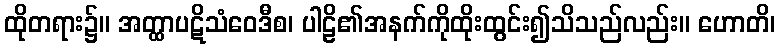
ထိုတရား၌။ အတ္ထာပဋိသံဝေဒီစ၊ ပါဠိ၏အနက်ကိုထိုးထွင်း၍သိသည်လည်း။ ဟောတိ၊